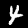
Digit: 4